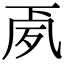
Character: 𭂳